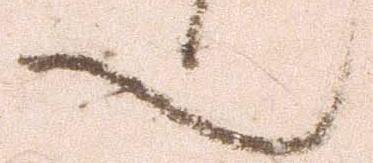
也